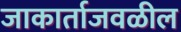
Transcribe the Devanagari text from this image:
जाकार्ताजवळील